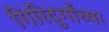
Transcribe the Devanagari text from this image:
गिरिदुर्गांच्या